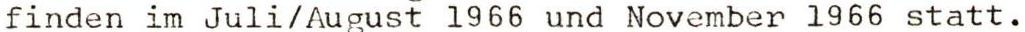
finden im Juli/August 1966 und November 1966 statt.